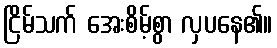
ငြိမ်သက် အေးစိမ့်စွာ လှပနေ၏။